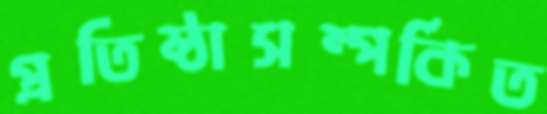
প্রতিষ্ঠাসম্পর্কিত